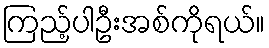
ကြည့်ပါဦးအစ်ကိုရယ်။